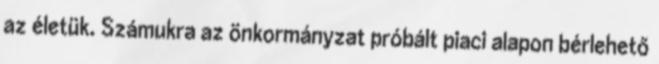
az életük. Számukra az önkormányzat próbált piaci alapon bérlehető